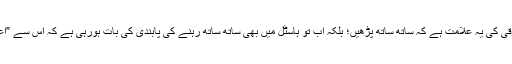
بس ضد ہے کہ ترقی کی یہ علامت ہے کہ ساتھ ساتھ پڑھیں؛ بلکہ اب تو ہاسٹل میں بھی ساتھ ساتھ رہنے کی پابندی کی بات ہورہی ہے کہ اس سے ”اعتماد“ پیدا ہوتا ہے۔